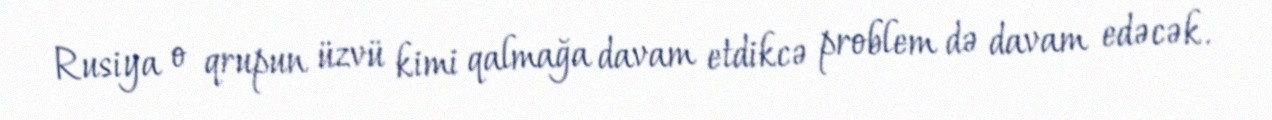
Rusiya o qrupun üzvü kimi qalmağa davam etdikcə problem də davam edəcək.